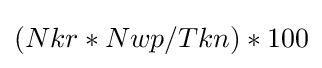
(Nkr*Nwp/Tkn)*100